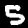
Digit: 5